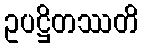
ဥပဋ္ဌိတဿတိ